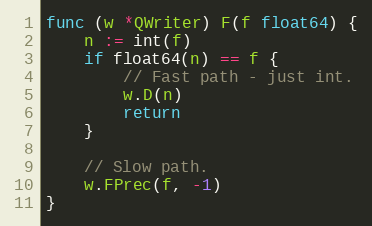
Language: Go
func (w *QWriter) F(f float64) {
	n := int(f)
	if float64(n) == f {
		// Fast path - just int.
		w.D(n)
		return
	}

	// Slow path.
	w.FPrec(f, -1)
}